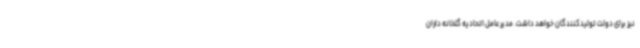
نیز برای دولت تولیدکنندگان خواهد داشت. مدیرعامل اتحادیه گلخانه داران